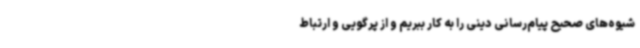
شیوه‌های صحیح پیام‌رسانی دینی را به کار ببریم و از پرگویی و ارتباط